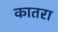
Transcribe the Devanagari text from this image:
कातरा